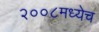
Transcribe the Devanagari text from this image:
२००८मध्येच